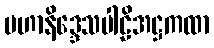
မဟာနိဒ္ဒေသပါဠိအဋ္ဌကထာ